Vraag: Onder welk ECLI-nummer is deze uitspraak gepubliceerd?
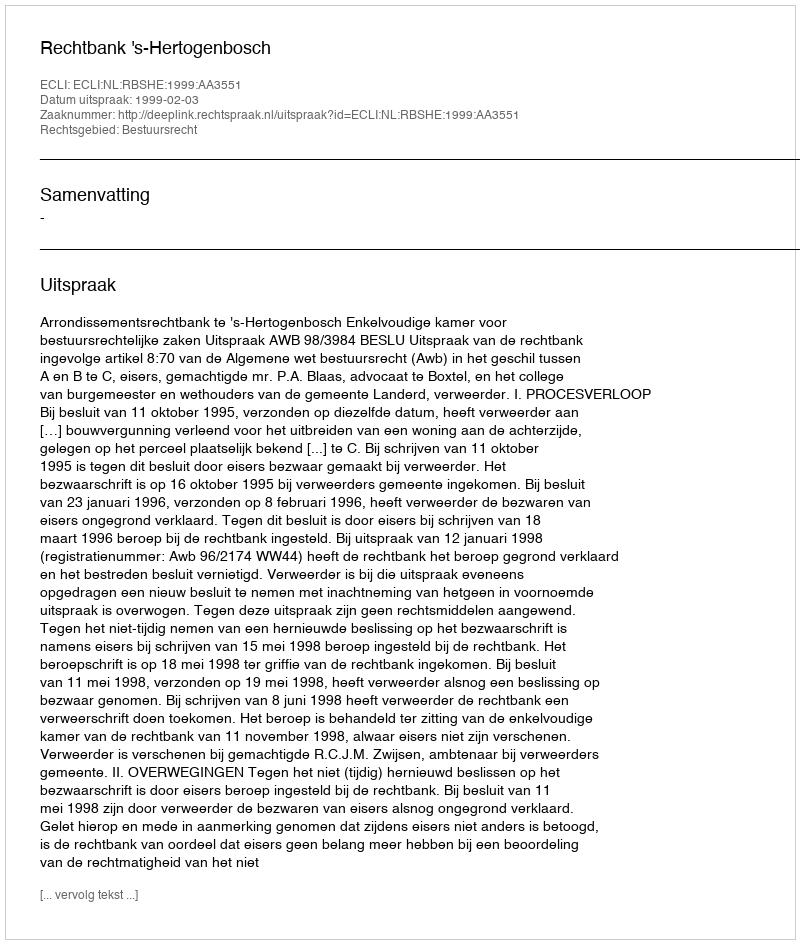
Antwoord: ECLI:NL:RBSHE:1999:AA3551